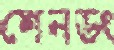
শেনডং